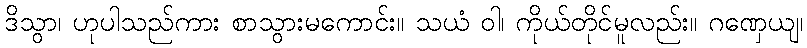
ဒိသွာ၊ ဟုပါသည်ကား စာသွားမကောင်း။ သယံ ဝါ၊ ကိုယ်တိုင်မူလည်း။ ဂဏှေယျ၊